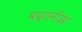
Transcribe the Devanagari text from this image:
बद्तमीझ